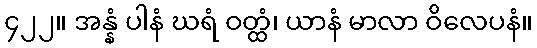
၄၂၂။ အန္နံ ပါနံ ဃရံ ဝတ္ထံ၊ ယာနံ မာလာ ဝိလေပနံ။